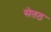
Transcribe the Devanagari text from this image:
सेतठ